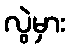
လွဲမှား